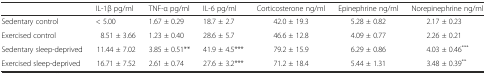
<table><thead><tr><td></td><td><b>IL-1β pg/ml</b></td><td><b>TNF-α pg/ml</b></td><td><b>IL-6 pg/ml</b></td><td><b>Corticosterone ng/ml</b></td><td><b>Epinephrine ng/ml</b></td><td><b>Norepinephrine ng/ml</b></td></tr></thead><tbody><tr><td>Sedentary control</td><td>&lt; 5.00</td><td>1.67 ± 0.29</td><td>18.7 ± 2.7</td><td>42.0 ± 19.3</td><td>5.28 ± 0.82</td><td>2.17 ± 0.23</td></tr><tr><td>Exercised control</td><td>8.51 ± 3.66</td><td>1.23 ± 0.40</td><td>28.6 ± 5.7</td><td>46.6 ± 12.8</td><td>4.09 ± 0.77</td><td>2.26 ± 0.21</td></tr><tr><td>Sedentary sleep-deprived</td><td>11.44 ± 7.02</td><td>3.85 ± 0.51**</td><td>41.9 ± 4.5***</td><td>79.2 ± 15.9</td><td>6.29 ± 0.86</td><td>4.03 ± 0.46<sup>***</sup></td></tr><tr><td>Exercised sleep-deprived</td><td>16.71 ± 7.52</td><td>2.61 ± 0.74</td><td>27.6 ± 3.2***</td><td>71.2 ± 18.4</td><td>5.44 ± 1.31</td><td>3.48 ± 0.39<sup>**</sup></td></tr></tbody></table>